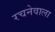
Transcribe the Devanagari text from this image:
रचनेवाला